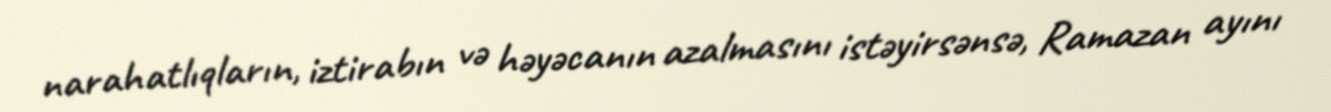
narahatlıqların, iztirabın və həyəcanın azalmasını istəyirsənsə, Ramazan ayını